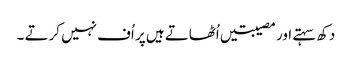
دکھ سہتے اور مصیبتیں اُٹھاتے ہیں پر اُف نہیں کرتے ۔